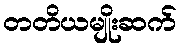
တတိယမျိုးဆက်